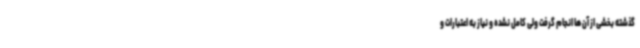
گذشته بخشی از آن ها انجام گرفت ولی کامل نشده و نیاز به اعتبارات و